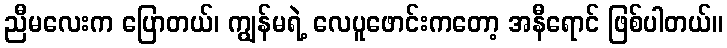
ညီမလေးက ပြောတယ်၊ ကျွန်မရဲ့ လေပူဖောင်းကတော့ အနီရောင် ဖြစ်ပါတယ်။